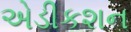
એડીકશન